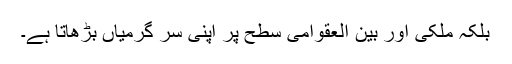
بلکہ ملکی اور بین العقوامی سطح پر اپنی سر گرمیاں بڑھاتا ہے۔